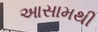
આસામથી